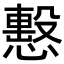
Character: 𢢞